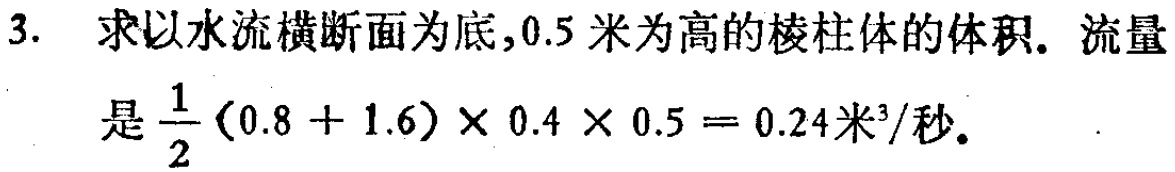
3. 求以水流横断面为底，$0.5$米为高的棱柱体的体积。流量
是$\frac{1}{2}(0.8 + 1.6)\times 0.4\times 0.5 = 0.24米^{3}/秒$。